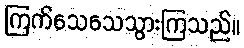
ကြက်သေသေသွားကြသည်။